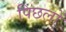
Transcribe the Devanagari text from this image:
पिछलों